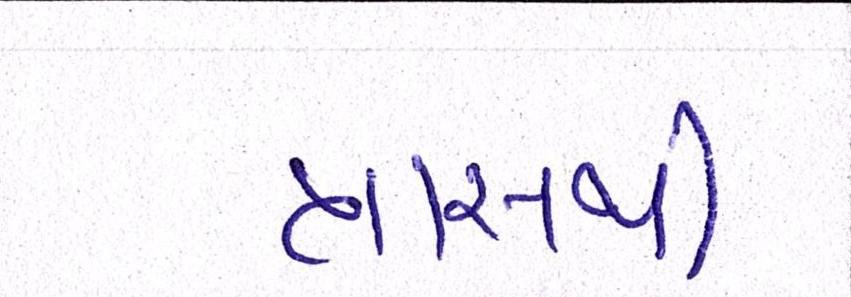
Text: ત્રાસથી